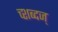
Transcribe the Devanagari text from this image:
च्शब्दज्